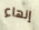
إنهاء